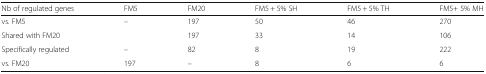
<table><thead><tr><td><b>Nb of regulated genes</b></td><td><b>FM5</b></td><td><b>FM20</b></td><td><b>FM5 + 5% SH</b></td><td><b>FM5 + 5% TH</b></td><td><b>FM5+ 5% MH</b></td></tr></thead><tbody><tr><td>vs. FM5</td><td>–</td><td>197</td><td>50</td><td>46</td><td>270</td></tr><tr><td>Shared with FM20</td><td></td><td>197</td><td>33</td><td>14</td><td>106</td></tr><tr><td>Specifically regulated</td><td>–</td><td>82</td><td>8</td><td>19</td><td>222</td></tr><tr><td>vs. FM20</td><td>197</td><td>–</td><td>8</td><td>6</td><td>6</td></tr></tbody></table>